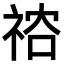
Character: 𥙻